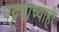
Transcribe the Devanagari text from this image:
पट्ट्याच्याही